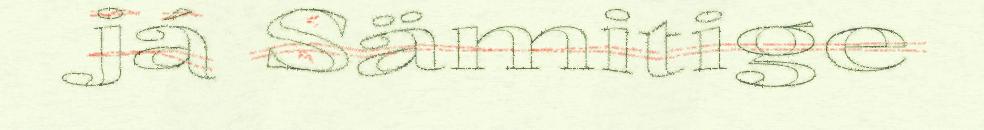
já Sämitige